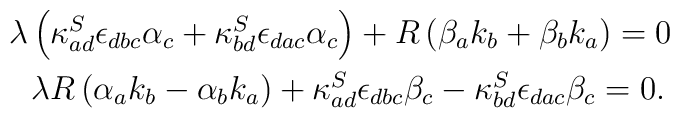
\begin{array}{l}\lambda\left(\kappa^S_{ad}\epsilon_{dbc}\alpha_c+\kappa^S_{bd}\epsilon_{dac}\alpha_c\right) + R\left(\beta_ak_b+\beta_bk_a\right)=0 \\[2mm]\ \ \lambda R\left(\alpha_ak_b-\alpha_bk_a\right)+\kappa^S_{ad}\epsilon_{dbc}\beta_c -\kappa^S_{bd}\epsilon_{dac}\beta_c =0.\\\end{array}